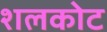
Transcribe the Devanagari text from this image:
शलकोट